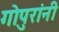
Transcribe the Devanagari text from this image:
गोपुरांनी